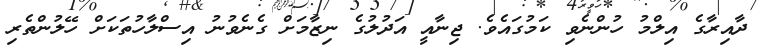
ދާއިރާގެ އިލްމު ހުންނެވި ކަމުގައެވެ. ޖިނާއީ އަދުލުގެ ނިޒާމަށް ގެނެވުނު އިސްލާހުތަކަށް ހޭލުންތެރި